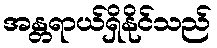
အန္တရာယ်ရှိနိုင်သည်